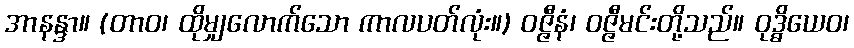
အာနန္ဒာ။ (တာဝ၊ ထိုမျှလောက်သော ကာလပတ်လုံး။) ဝဇ္ဇီနံ၊ ဝဇ္ဇီမင်းတို့သည်။ ဝုဒ္ဓိယေဝ၊